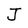
Character: J